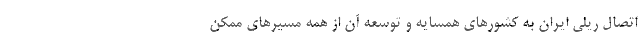
اتصال ریلی ایران به کشورهای همسایه و توسعه آن از همه مسیرهای ممکن